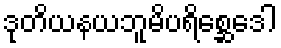
ဒုတိယနယဘူမိပရိစ္ဆေဒေါ